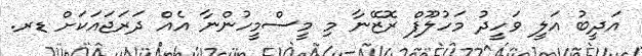
އަދީބު އަލީ ވަހީދު މަހުލޫފް ރޮޒޭނާ މި މީސްމީހުންނާ އެއް ދަރަޖައަކަށް ޑރ.